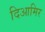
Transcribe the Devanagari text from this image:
दिआमिर